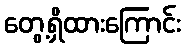
တွေ့ရှိထားကြောင်း